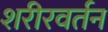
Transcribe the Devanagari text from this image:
शरीरवर्तन